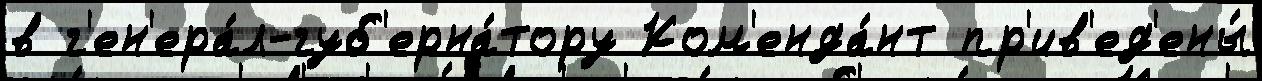
в г'ен'ера́л-губ'ерна́тору Ком'енда́нт пр'ив'ед'ены́